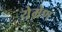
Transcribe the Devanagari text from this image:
येमेण